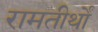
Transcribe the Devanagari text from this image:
रामतीर्थों